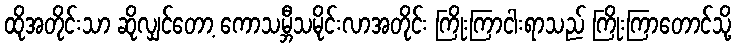
ထိုအတိုင်းသာ ဆိုလျှင်တော့ ကောသမ္ဘီသမိုင်းလာအတိုင်း ကြိုးကြာငါးရာသည် ကြိုးကြာတောင်သို့